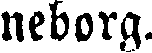
neborg.